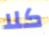
كلا